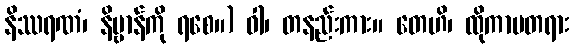
နိဿရဏံ၊ နိဗ္ဗာန်ကို ရစေ။) ဝါ၊ တနည်းကား။ တေဟိ၊ ထိုကာမတရား